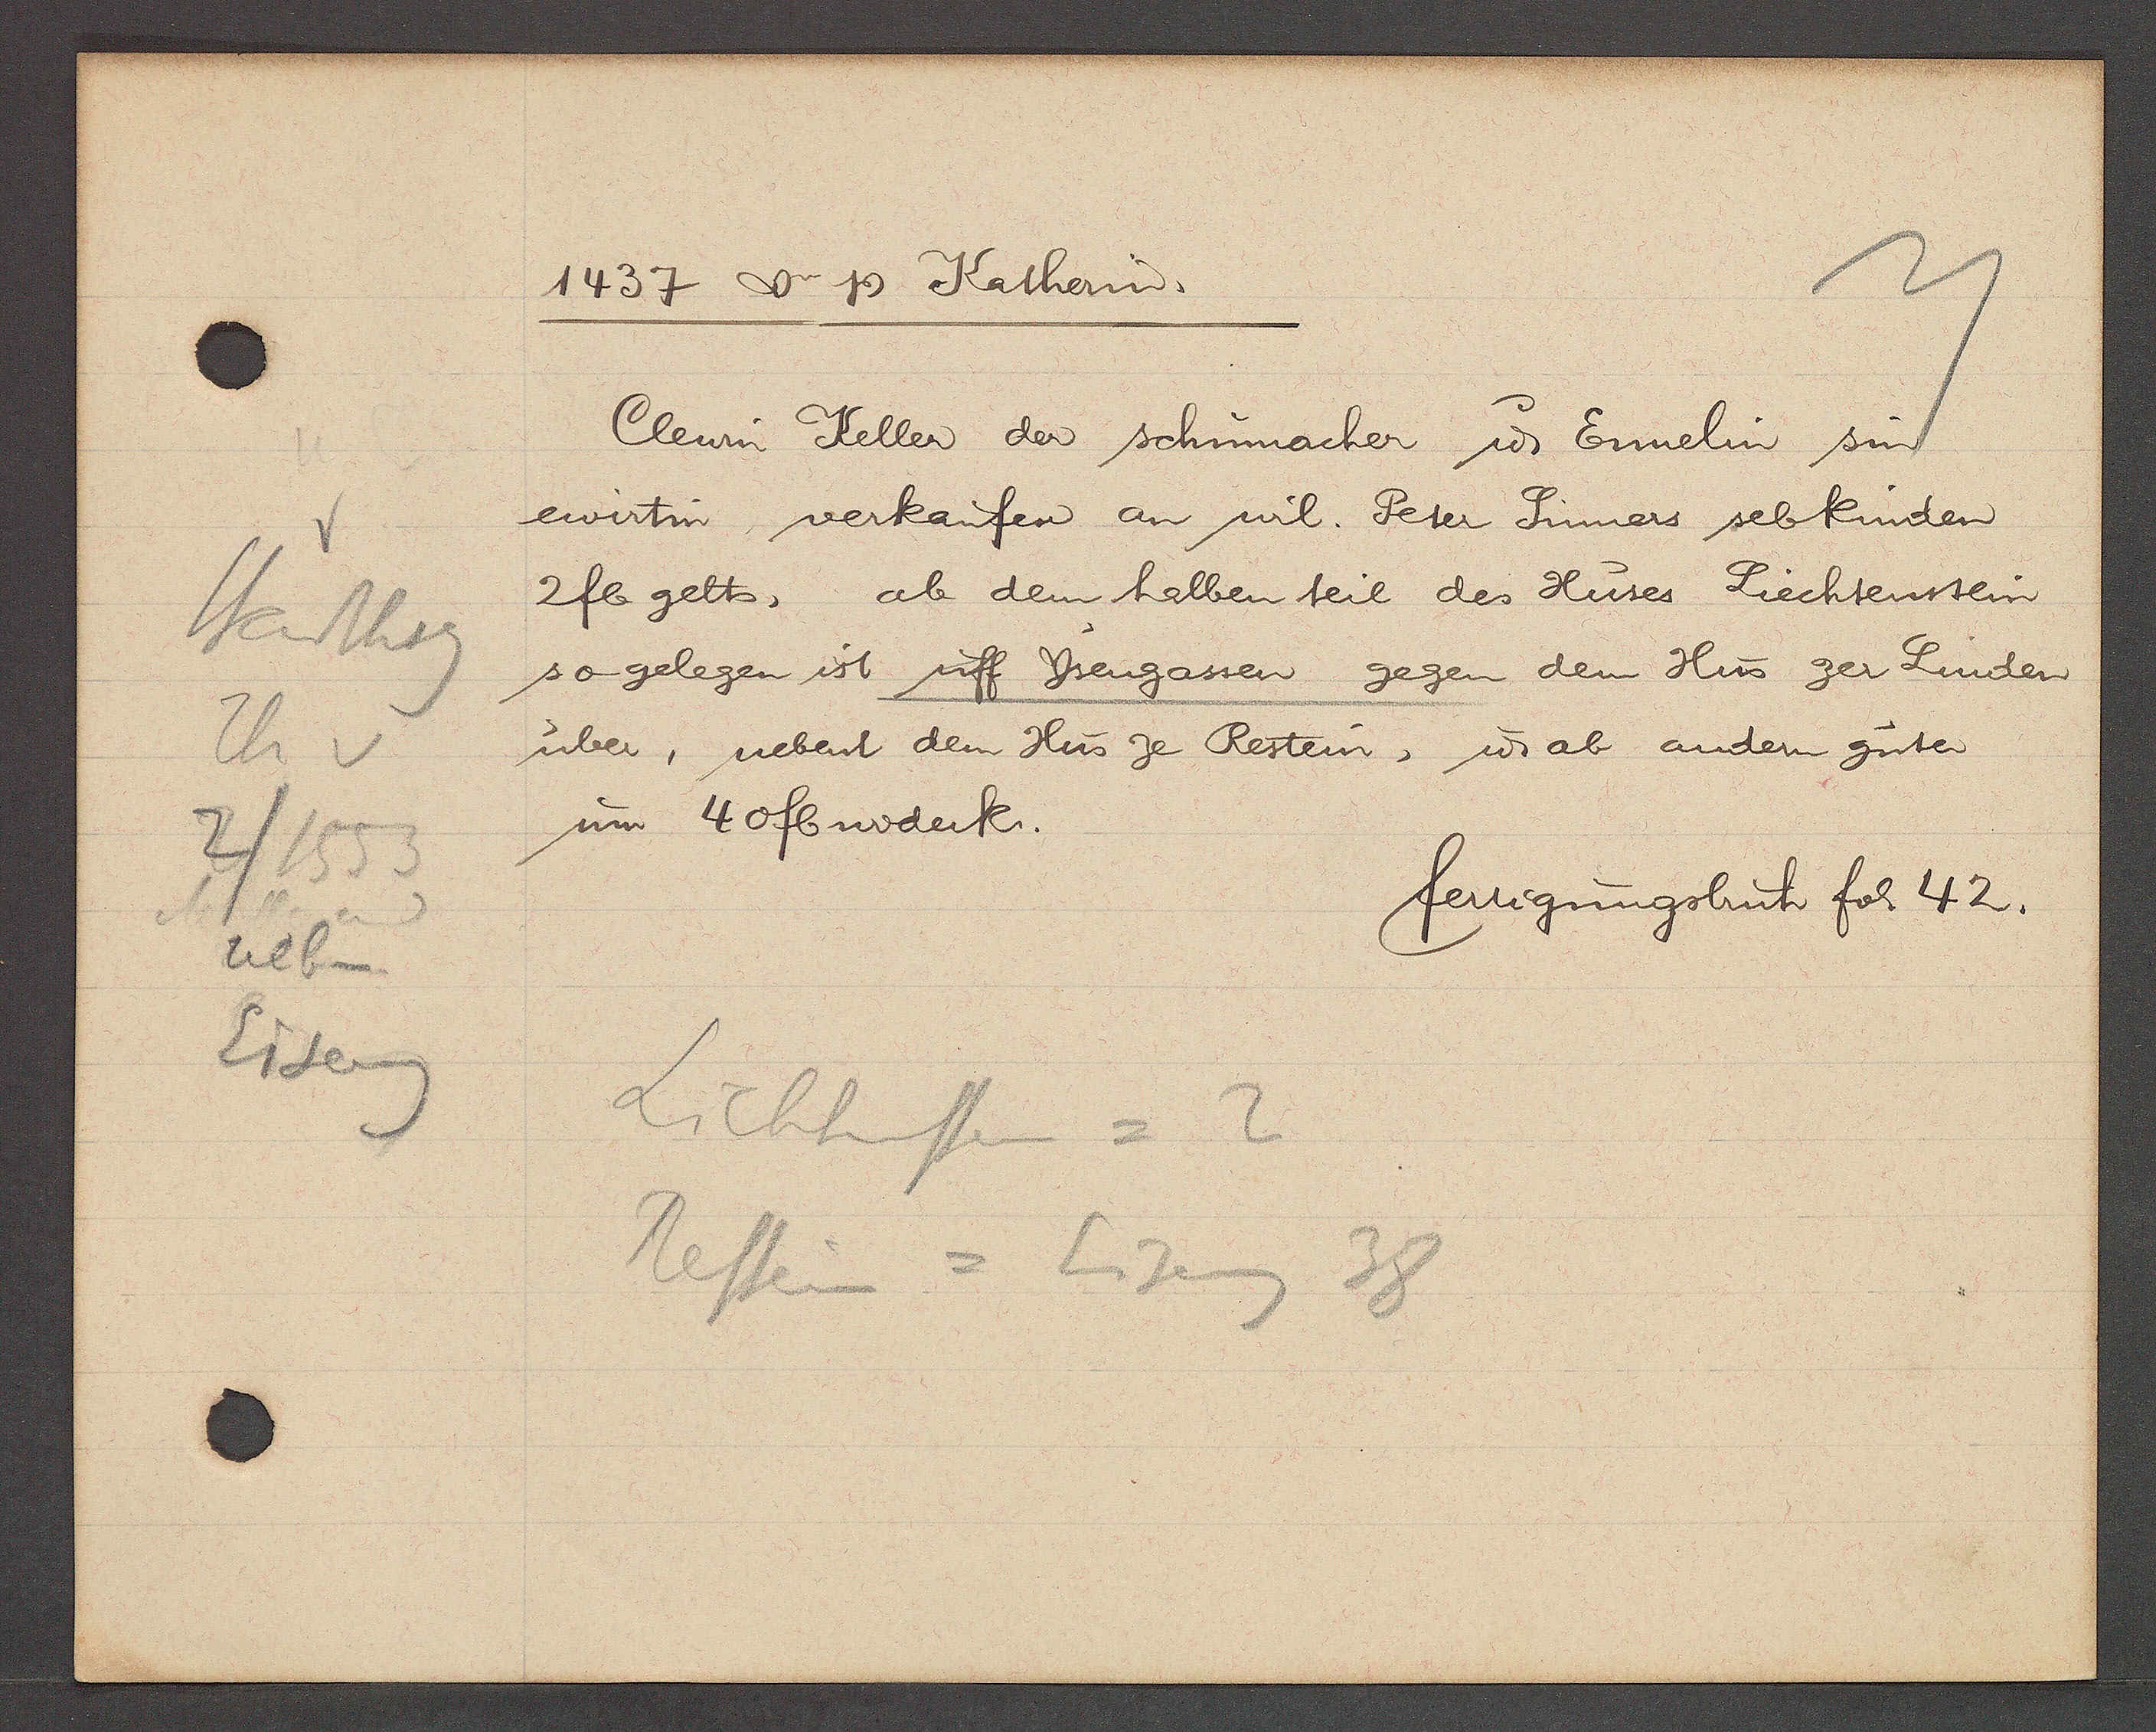
Transcript:
Stadthsg
Th
/1553
neben
Eiseng

1437 ao Ƿ Katherin.

Clewin Keller der schumacher u Ennelin sint
ewirtin verkaufen an wil. Peter Sinners seb Kinden
2 fl gelts, ab dem halben teil des Huses Liechtenstein
so gelegen ist uff Ysengassen gegen dem Hus zer Linden
über, nebent dem Hus ze Restein, u ab andern guter
um 40 fl widerk.

Lichtenstein = 2
Restein = Eiseng
38

fertigungsbuch fol. 42.